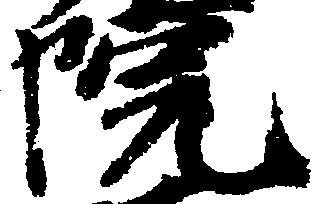
院